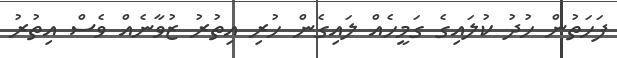
ފަހަތުން ހުދު ކުލައިގެ ގަމީހެއް ލައިގެން ހުރި އިތުރު ޒުވާނެއް ވެސް އިތުރު